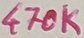
Text: 470K